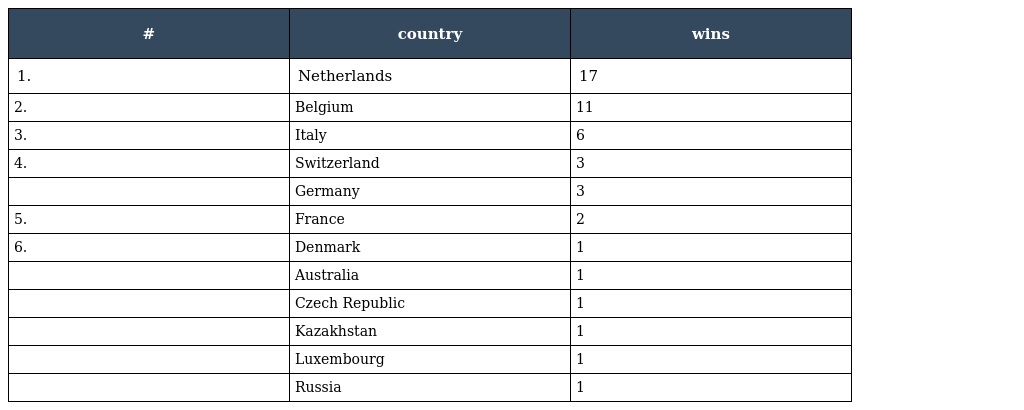
| # | country | wins |
 | --- | --- | --- |
 | 1. | Netherlands | 17 |
 | 2. | Belgium | 11 |
 | 3. | Italy | 6 |
 | 4. | Switzerland | 3 |
 |  | Germany | 3 |
 | 5. | France | 2 |
 | 6. | Denmark | 1 |
 |  | Australia | 1 |
 |  | Czech Republic | 1 |
 |  | Kazakhstan | 1 |
 |  | Luxembourg | 1 |
 |  | Russia | 1 |